Document type: Clause in a will
Year: 1320
Scribe: Francesc de Torre
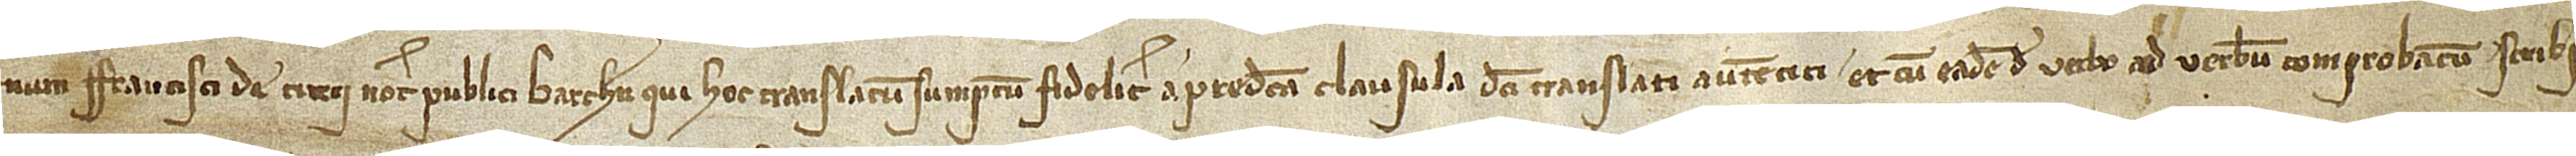
num Francisci de Turri, notarii publici Barchinone, qui hoc translatum sumptum fideliter a predicta clausula dicti translati autentici et cum eadem de verbo ad verbum comprobatum scribi